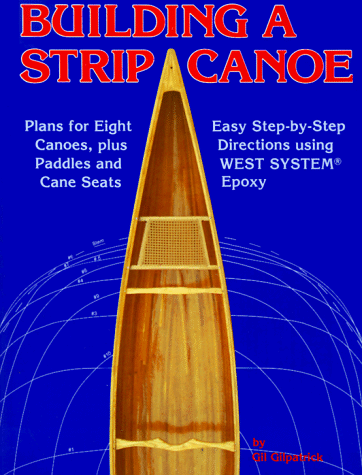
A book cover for Building a Strip Canoe: Plans for Eight Canoes; Gil Gilpatrick; Sports & Outdoors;